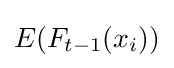
E(F_{t-1}(x_{i}))